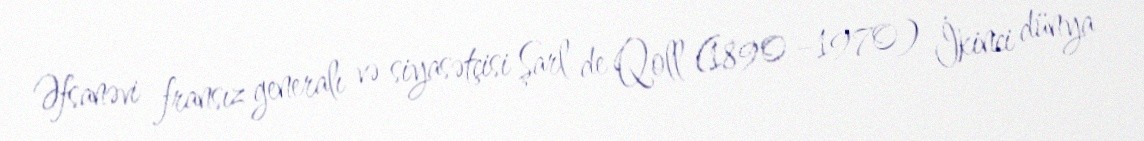
Əfsanəvi fransız generalı və siyasətçisi Şarl de Qoll (1890 –1970) İkinci dünya